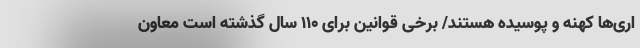
اری‌ها کهنه و پوسیده‌ هستند/ برخی قوانین برای ۱۱۰ سال گذشته است معاون